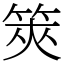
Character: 筴